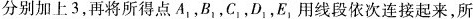
分别加上3，再将所得点A_{1}，B_{1}，C_{1}，D_{1}，E_{1}用线段依次连接起来，所